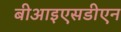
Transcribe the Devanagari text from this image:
बीआइएसडीएन